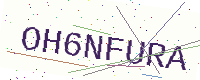
Text: OH6NFURA